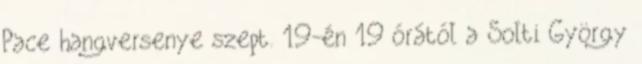
Pace hangversenye szept. 19-én 19 órától a Solti György